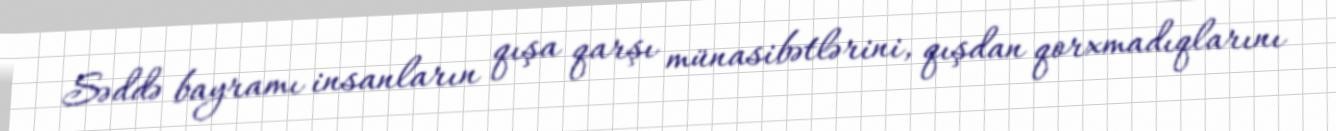
Səddə bayramı insanların qışa qarşı münasibətlərini, qışdan qorxmadıqlarını